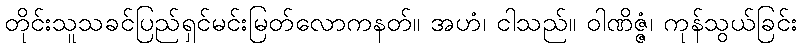
တိုင်းသူသခင်ပြည်ရှင်မင်းမြတ်လောကနတ်။ အဟံ၊ ငါသည်။ ဝါဏိဇ္ဇံ၊ ကုန်သွယ်ခြင်း